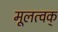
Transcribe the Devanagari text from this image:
मूलत्वक्